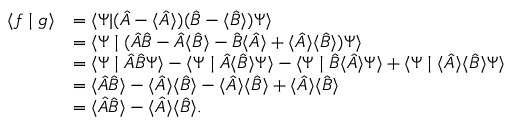
{ \begin{array} { r l } { \langle f \mid g \rangle } & { = \langle \Psi | ( { \hat { A } } - \langle { \hat { A } } \rangle ) ( { \hat { B } } - \langle { \hat { B } } \rangle ) \Psi \rangle } \\ & { = \langle \Psi \mid ( { \hat { A } } { \hat { B } } - { \hat { A } } \langle { \hat { B } } \rangle - { \hat { B } } \langle { \hat { A } } \rangle + \langle { \hat { A } } \rangle \langle { \hat { B } } \rangle ) \Psi \rangle } \\ & { = \langle \Psi \mid { \hat { A } } { \hat { B } } \Psi \rangle - \langle \Psi \mid { \hat { A } } \langle { \hat { B } } \rangle \Psi \rangle - \langle \Psi \mid { \hat { B } } \langle { \hat { A } } \rangle \Psi \rangle + \langle \Psi \mid \langle { \hat { A } } \rangle \langle { \hat { B } } \rangle \Psi \rangle } \\ & { = \langle { \hat { A } } { \hat { B } } \rangle - \langle { \hat { A } } \rangle \langle { \hat { B } } \rangle - \langle { \hat { A } } \rangle \langle { \hat { B } } \rangle + \langle { \hat { A } } \rangle \langle { \hat { B } } \rangle } \\ & { = \langle { \hat { A } } { \hat { B } } \rangle - \langle { \hat { A } } \rangle \langle { \hat { B } } \rangle . } \end{array} }